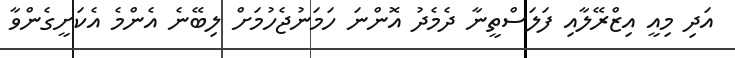
އަދި މިއީ އިޒްރޭލާއި ފަލަސްތީނާ ދެމެދު އޮންނަ ހަމަނުޖެހުމަށް ލިބޭނެ އެންމެ އެކަށީގެންވާ